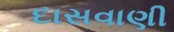
દાસવાણી